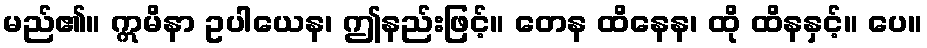
မည်၏။ ဣမိနာ ဥပါယေန၊ ဤနည်းဖြင့်။ တေန ထိနေန၊ ထို ထိနနှင့်။ ပေ။